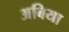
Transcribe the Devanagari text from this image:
अबिया